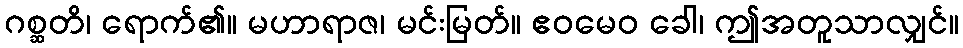
ဂစ္ဆတိ၊ ရောက်၏။ မဟာရာဇ၊ မင်းမြတ်။ ဧဝမေဝ ခေါ၊ ဤအတူသာလျှင်။